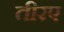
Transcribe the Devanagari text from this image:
तीरए